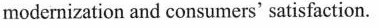
modernization and consumers' satisfaction.